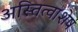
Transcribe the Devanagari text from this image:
अस्तित्वाशेष